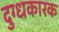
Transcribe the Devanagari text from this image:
दुग्धकारक